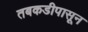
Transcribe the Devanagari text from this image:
तबकडीपासून